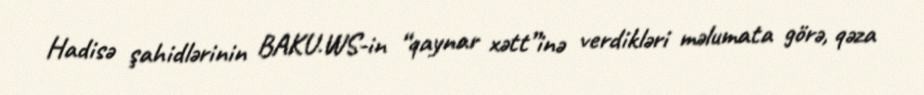
Hadisə şahidlərinin BAKU.WS-in “qaynar xətt”inə verdikləri məlumata görə, qəza